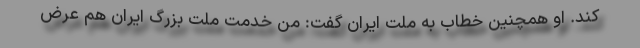
کند. او همچنین خطاب به ملت ایران گفت: من خدمت ملت بزرگ ایران هم عرض